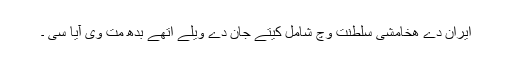
ایران دے ھخامشی سلطنت وچّ شامل کیتے جان دے ویلے اتھے بدھ مت وی آیا سی ۔